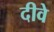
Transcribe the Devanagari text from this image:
दीवे